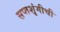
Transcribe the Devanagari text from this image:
सप्तशृंगीची